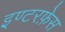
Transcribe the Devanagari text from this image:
इण्टरफ़ेस